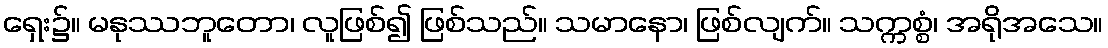
ရှေး၌။ မနုဿဘူတော၊ လူဖြစ်၍ ဖြစ်သည်။ သမာနော၊ ဖြစ်လျက်။ သက္ကစ္စံ၊ အရိုအသေ။